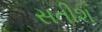
સતીશ